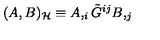
( A , B ) _ { \cal H } \equiv A , _ { i } \tilde { G } ^ { i j } B , _ { j }